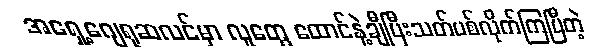
အရှေ့ဂျေရုဆလင်မှာ လူတွေ ထောင်နဲ့ချီပြီးသတ်ပစ်လိုက်ကြပြီတဲ့